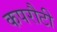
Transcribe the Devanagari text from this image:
कपरौटी